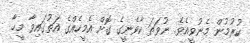
ކުރުމުން މެނުވީއެވެ. ނުވަތަ ކާވެނީގެ ގޮށް އެމީހެއްގެ އަތުގައިވާ މީހާ